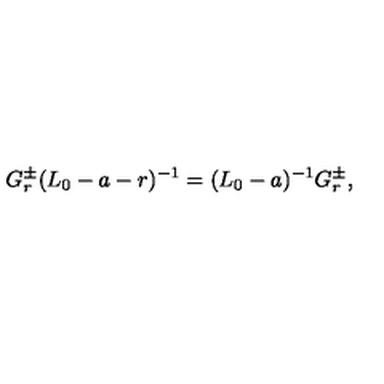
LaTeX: G _ { r } ^ { \pm } ( L _ { 0 } - a - r ) ^ { - 1 } = ( L _ { 0 } - a ) ^ { - 1 } G _ { r } ^ { \pm } ,